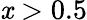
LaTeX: \mathit{x}>0.5